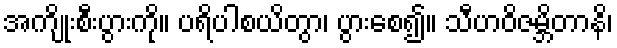
အကျိုးစီးပွားကို။ ပရိပါစယိတွာ၊ ပွားစေ၍။ သီဟဝိဇမ္ဘိတာနိ၊